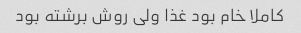
کاملا خام بود غذا ولی روش برشته بود